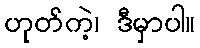
ဟုတ်ကဲ့၊ ဒီမှာပါ။